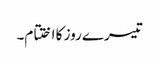
تیسرے روز کا اختتام۔